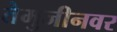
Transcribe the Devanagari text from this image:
तेमुजीनवर